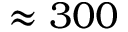
\approx 3 0 0